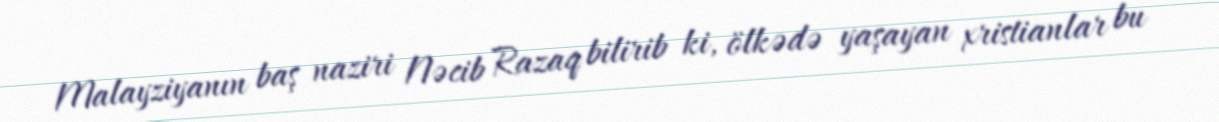
Malayziyanın baş naziri Nəcib Razaq bilirib ki, ölkədə yaşayan xristianlar bu